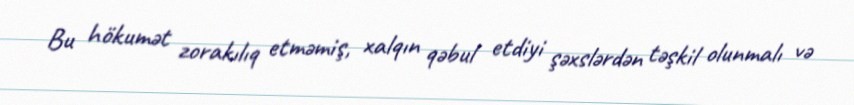
Bu hökumət zorakılıq etməmiş, xalqın qəbul etdiyi şəxslərdən təşkil olunmalı və